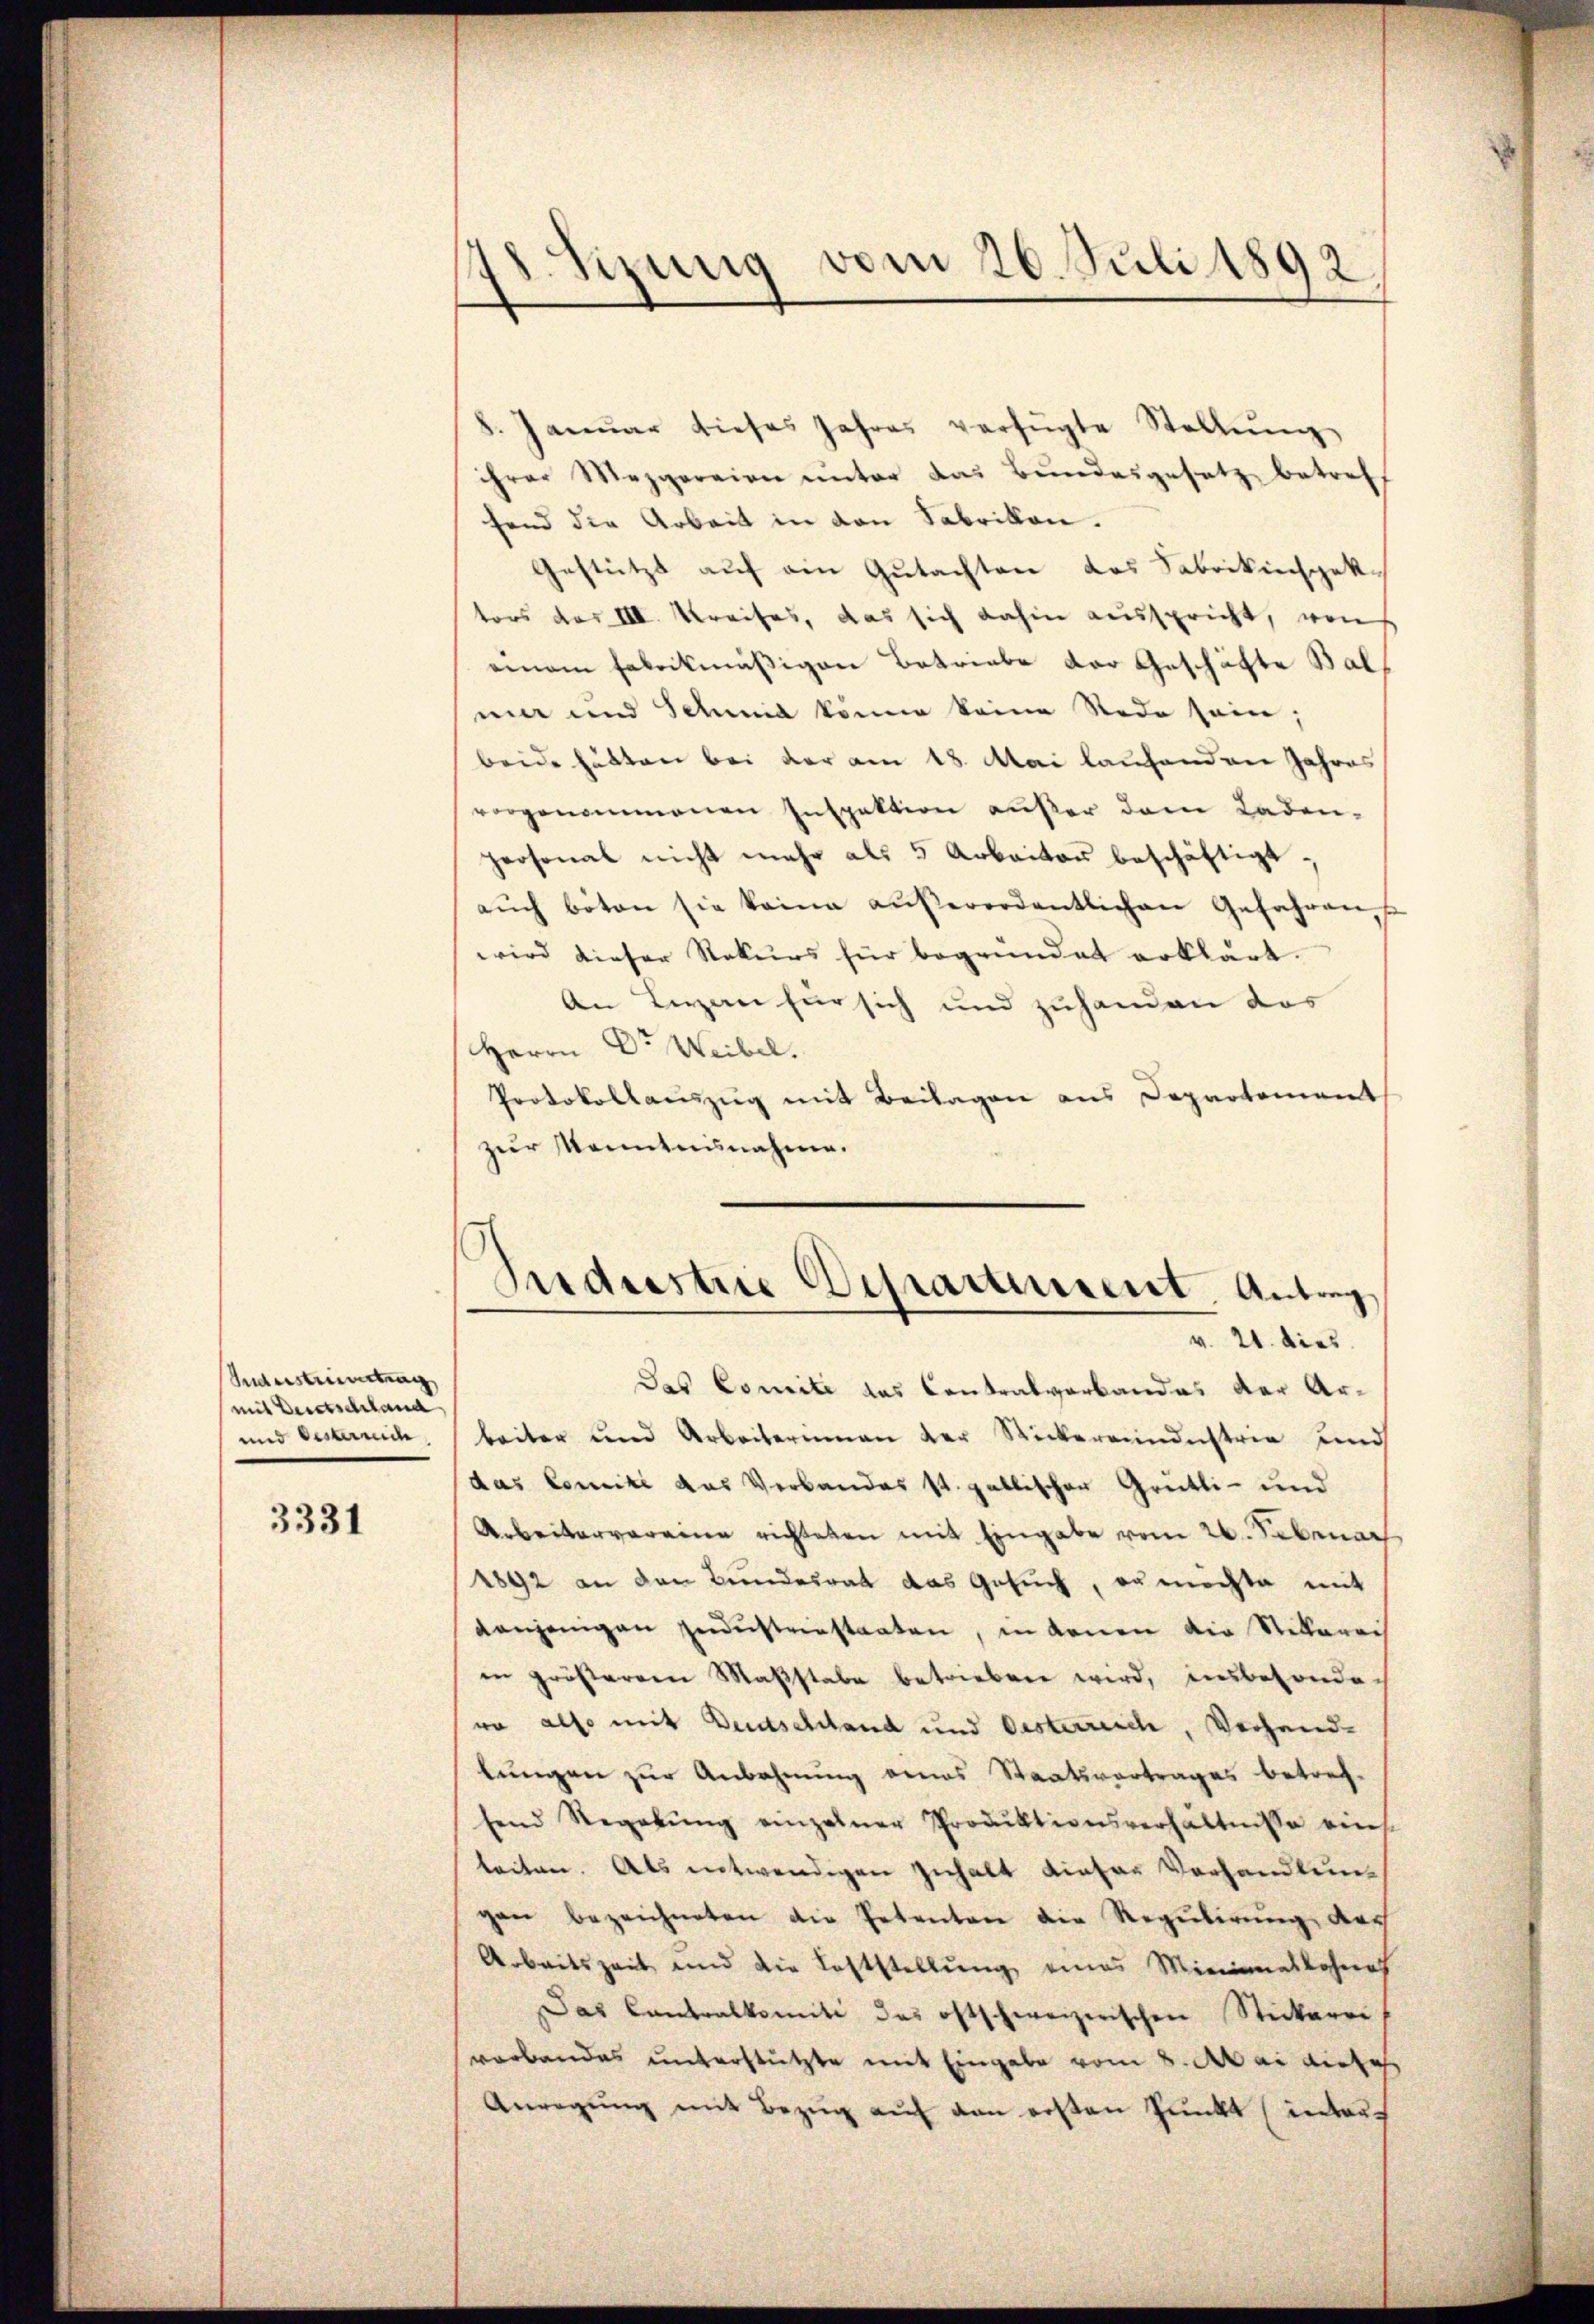
Industrimitung
(mit Bertschland
und Oesterrich

3331

Sizung vom 26. Juli 1892
.

8. Janŭar dieses Jahres verfügte Stellŭng
ihrer Mezgereien ŭnter das Bŭndesgesetz betref
fend die Arbeit in den Fabrikon.
Gestützt auf ein Gutachten das Fabrikinspektors das III. Kreises, das sich dahin ausspricht, von
einem Fabrikmäßigen Betriebe der Geschäfte Bal
mer und Schmid könne keine Rede sein;
beide hätten bei der am 18. Mai laufenden Jahres
vorgenommenen Inspektion außer dem Laden-
personal nicht mehr als 5 Arbeiter beschäftigt.
aŭch böten sie keine aŭβerordentlichen Gefahren,
wird dieser Rekurs für begründet erklärt.
An Ligen für sich und zuhanden das
Herrn Dr Weibel.
Protokollauszug mit Beilagen aus Departement
zur Kenntnisnahme.
Adrestrie Depractusent. Antrag
v. 21. dies
Das Comite das Contralverbandes der Arbeiter und Arbeiterinnen der Rickereindustrie und
das Comite das Verbandes st. gallischer Grütli- und
Arbeitervereine richteten mit Eingabe vom 26. Sebenar
1892 an den Bundesrat das Gesuch, er möchte mit
denjenigen Haustriestaaten, in denen die Stillerei
in größerem Maβstabe betrieben wird, insbesondewo also mit Deutschland und Oesterreich, Verhandlungen zur Anbahnung eines Staatsvertrages betref-
send Regelŭng einzelner Produktionsverhältnisse eins.
beiten. Als entwendigen zuhalt dieser Vorhandlung
gan bezeichneten die Petenten die Regulirung, der
Arbeitszeit und die Laststellŭng eines Minimaskohnes
Das Contralkomiti das oftschweizerischen Stickerei
verbandes unterstützte mit Eingabe vom 8. Mai diese
Anregŭng mit Bezug auf den ersten Punkt inters